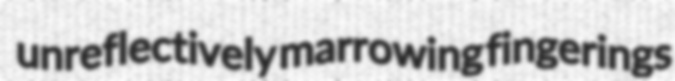
unreflectively marrowing fingerings